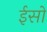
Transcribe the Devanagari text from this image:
ईसो